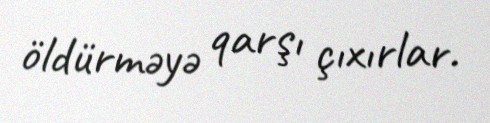
öldürməyə qarşı çıxırlar.